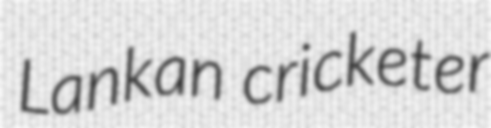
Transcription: Lankan cricketer